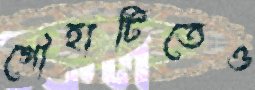
গৌহাটিতেও